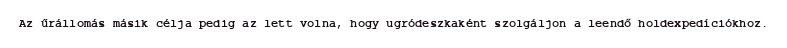
Az űrállomás másik célja pedig az lett volna, hogy ugródeszkaként szolgáljon a leendő holdexpedíciókhoz.